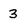
Character: 3